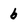
Character: b